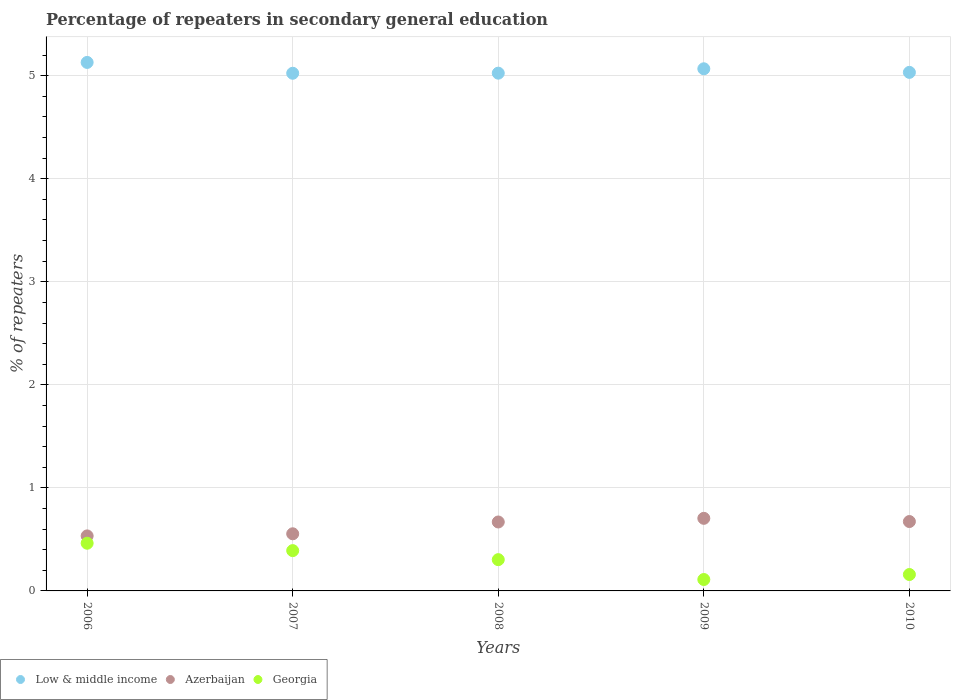
| Years | Low & middle income | Azerbaijan | Georgia |
 | --- | --- | --- | --- |
 | 2006 | 5.13 | 0.534 | 0.463 |
 | 2007 | 5.02 | 0.554 | 0.391 |
 | 2008 | 5.02 | 0.669 | 0.303 |
 | 2009 | 5.07 | 0.704 | 0.111 |
 | 2010 | 5.03 | 0.673 | 0.159 |